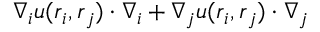
\boldsymbol { \nabla } _ { i } u ( \boldsymbol { r } _ { i } , \boldsymbol { r } _ { j } ) \cdot \boldsymbol { \nabla } _ { i } + \boldsymbol { \nabla } _ { j } u ( \boldsymbol { r } _ { i } , \boldsymbol { r } _ { j } ) \cdot \boldsymbol { \nabla } _ { j }